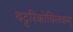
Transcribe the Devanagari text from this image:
थट्टरिकोविलकम्